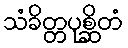
သံခိတ္တပုစ္ဆိတံ